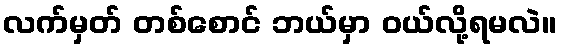
လက်မှတ် တစ်စောင် ဘယ်မှာ ဝယ်လို့ရမလဲ။